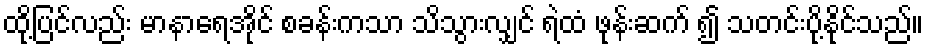
ထို့ပြင်လည်း မာနာရေအိုင် စခန်းကသာ သိသွားလျှင် ရဲထံ ဖုန်းဆက် ၍ သတင်းပို့နိုင်သည်။